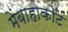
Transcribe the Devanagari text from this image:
मेंबाहाकोट